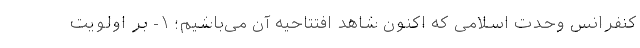
کنفرانس وحدت اسلامی که اکنون شاهد افتتاحیه آن می‌باشیم؛ ۱- بر اولویت